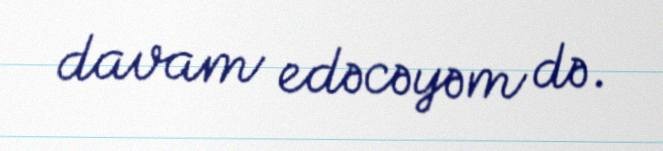
davam edəcəyəm də.